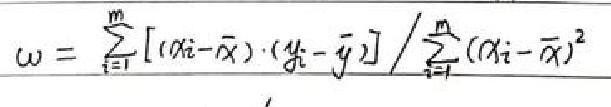
$w = \frac{\sum_{i = 1}^{n} [(x_{i}-\bar{x})\cdot(y_{i}-\bar{y})]}{\sum_{i = 1}^{n} (x_{i}-\bar{x})^{2}}$